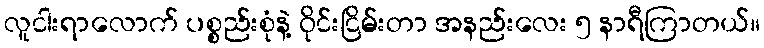
လူငါးရာလောက် ပစ္စည်းစုံနဲ့ ဝိုင်းငြိမ်းတာ အနည်းလေး ၅ နာရီကြာတယ်။